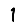
Digit: 1